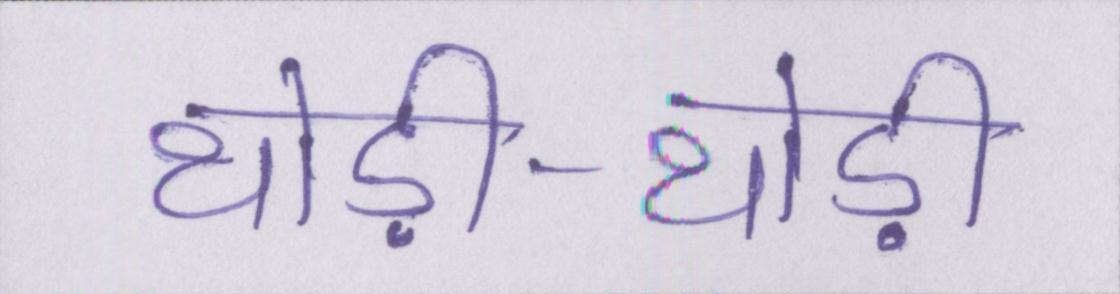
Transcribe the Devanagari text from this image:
थोड़ी-थोड़ी